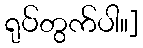
ရုပ်တွက်ပါ။]